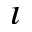
\imath